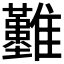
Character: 𩁣